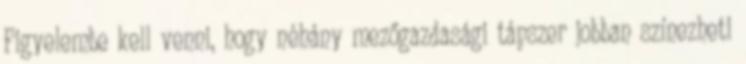
Figyelembe kell venni, hogy néhány mezőgazdasági tápszer jobban színezheti